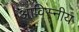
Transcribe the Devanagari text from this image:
आविस्नीय